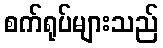
စက်ရုပ်များသည်